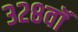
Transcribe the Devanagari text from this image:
३२८वॉ